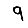
Digit: 9